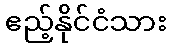
ဧည့်နိုင်ငံသား